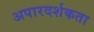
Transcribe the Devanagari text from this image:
अपारदर्शकता